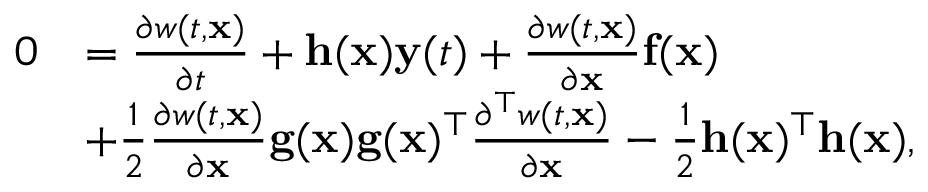
\begin{array} { r l } { 0 } & { = \frac { \partial w ( t , \mathbf { x } ) } { \partial t } + \mathbf { h } ( \mathbf { x } ) \mathbf { y } ( t ) + \frac { \partial w ( t , \mathbf { x } ) } { \partial \mathbf { x } } \mathbf { f } ( \mathbf { x } ) } \\ & { + \frac { 1 } { 2 } \frac { \partial w ( t , \mathbf { x } ) } { \partial \mathbf { x } } \mathbf { g } ( \mathbf { x } ) \mathbf { g } ( \mathbf { x } ) ^ { \top } \frac { \partial ^ { \top } w ( t , \mathbf { x } ) } { \partial \mathbf { x } } - \frac { 1 } { 2 } \mathbf { h } ( \mathbf { x } ) ^ { \top } \mathbf { h } ( \mathbf { x } ) , } \end{array}